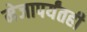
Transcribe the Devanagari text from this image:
मेजापर्यंतही